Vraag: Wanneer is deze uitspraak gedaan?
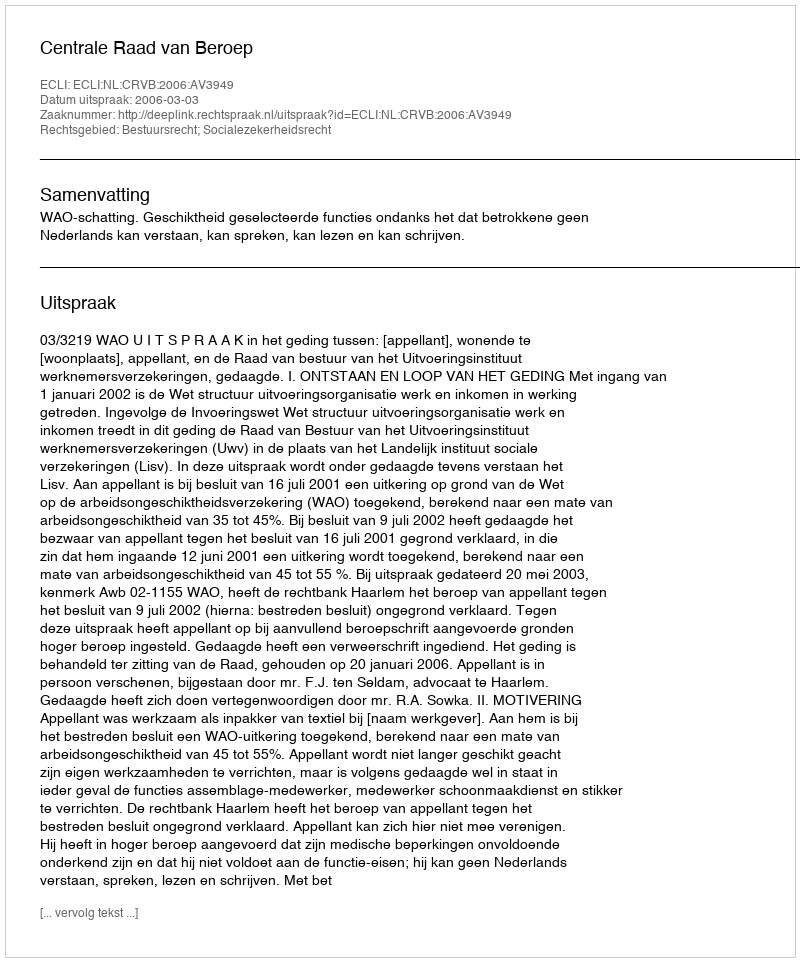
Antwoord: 2006-03-03